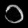
Digit: ၁